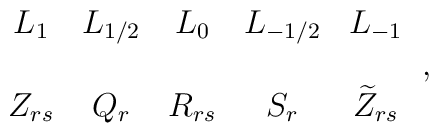
\begin{array}{ccccc}    L_1 & L_{1/2} & L_{0} & L_{- 1/2} &L_{-1}\cr\cr    Z_{rs}  & Q_{r}    & R_{rs}     & S_r   & \widetilde{Z}_{rs}  \end{array} \, ,